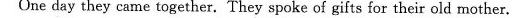
One day they came together. They spoke of gifts for their old mother.